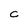
Character: C